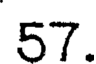
57.